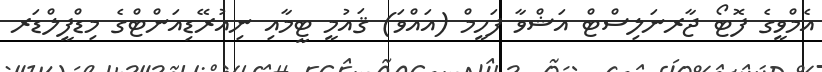
އެމްވީގެ ފޮޓޯ ޖާރނަލިސްޓް އަޝްވާ ފަހީމް (އައްވަ) ޤައުމީ ޓީމާއި ނިއުރޭޑިއަންޓްގެ މިޑްފީލްޑަރ